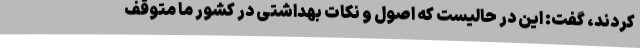
کردند، گفت: این در حالیست که اصول و نکات بهداشتی در کشور ما متوقف